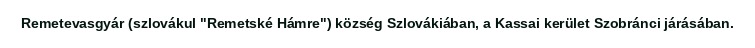
Remetevasgyár (szlovákul "Remetské Hámre") község Szlovákiában, a Kassai kerület Szobránci járásában.